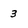
Character: 3